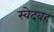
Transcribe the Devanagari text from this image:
स्वेदवह